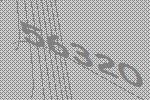
56320